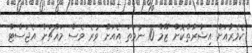
ކެމެރާއަށް އިޝާރާތްކޮށް ޒޫމް 10 ނުވަތަ އެއަށް ވުރެ ވެސް މައްޗަށް އެޖަސްޓް